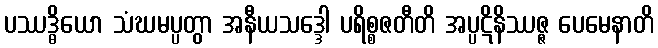
ပဿဒ္ဓိယော သံဃမပ္ပတွာ အနီယသဒ္ဒေါ ပရိစ္စဇတီတိ အပ္ပဋိနိဿဇ္ဇ ပေမေနာတိ